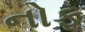
નોફ